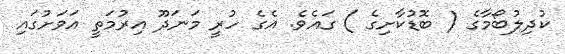
ކުދިލުބޯމާގެ ( ބޮޑުކާށިގެ ) ގައެވެ. އެގެ ހުރީ މަނަދޫ އިރުމަތީ އަވަށުގައި